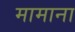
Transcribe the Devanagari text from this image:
मामाना